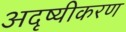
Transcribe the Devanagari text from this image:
अदृष्यीकरण